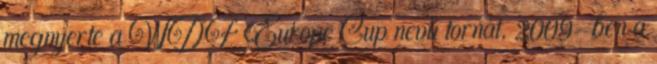
megnyerte a WDF Europe Cup nevű tornát. 2009-ben a